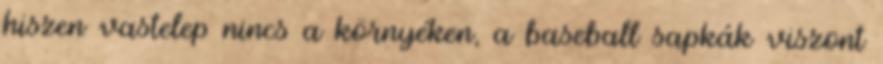
hiszen vastelep nincs a környéken, a baseball sapkák viszont